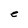
Character: e